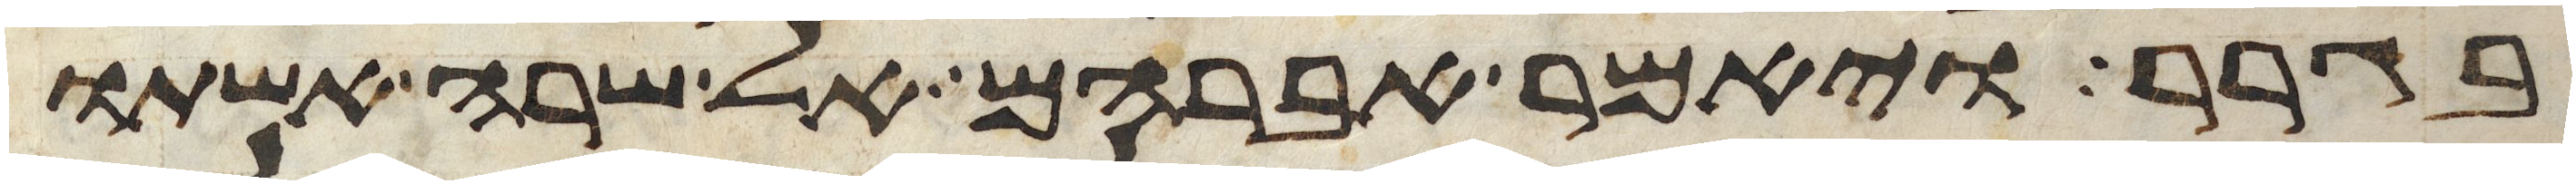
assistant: בגרר ויאמר אברהם אל שרה אשתו